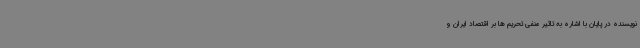
نویسنده در پایان با اشاره به تاثیر منفی تحریم ها بر اقتصاد ایران و